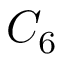
C _ { 6 }